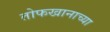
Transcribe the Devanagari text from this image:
तोफखानाच्या